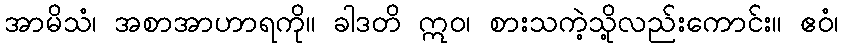
အာမိသံ၊ အစာအာဟာရကို။ ခါဒတိ ဣဝ၊ စားသကဲ့သို့လည်းကောင်း။ ဧဝံ၊